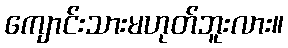
ကျောင်းသားမဟုတ်ဘူးလား။